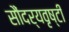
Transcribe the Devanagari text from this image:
सौंदर्यवृष्टी